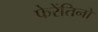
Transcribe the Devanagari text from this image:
फेरेंतिनो